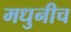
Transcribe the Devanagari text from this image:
मधुनीच